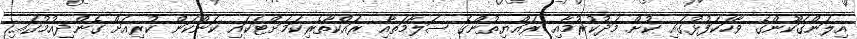
އިލަންގަކޫންގެ ވާހަކަފުޅުގައި ކުށް މަދުކުރުމާއި ރައްޔިތުންގެ ސަލާމަތާއި ރައްކާތެރިކަމަށްޓަކައި ކަންކަން ކުރިއަށް ގެންދިއުމުގައި